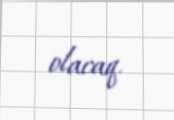
olacaq.